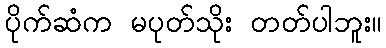
ပိုက်ဆံက မပုတ်သိုး တတ်ပါဘူး။